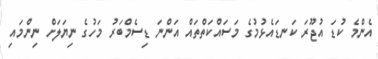
އެންމެ ކުޑަ އުޖޫރަ ކަނޑައެޅުމުގެ މަސައްކަތްތައް އަންނަ ޑިސެމްބަރު މަހުގެ ނިޔަލަށް ނިންމައި